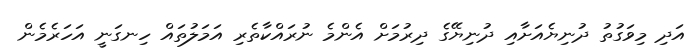
އަދި މިވަގުތު ދުނިޔެއަށާއި ދުނިޔޭގެ ދިރުމަށް އެންމެ ނުރައްކާތެރި އަމަލުތައް ހިނގަނީ އަހަރެމެން